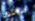
سيكون